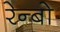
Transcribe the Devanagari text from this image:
रेन्‍बो